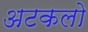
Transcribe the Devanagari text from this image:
अटकलो